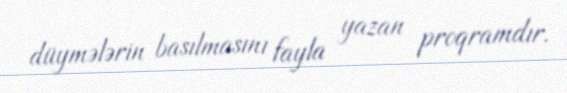
düymələrin basılmasını fayla yazan proqramdır.